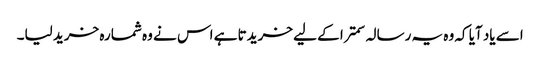
اسے یاد آیا کہ وہ یہ رسالہ سمترا کے لیے خریدتا ہے اس نے وہ شمارہ خرید لیا۔